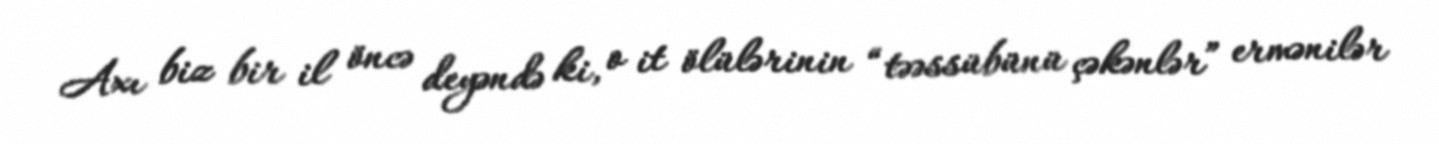
Axı biz bir il öncə deyəndə ki, o it ölülərinin “təəssübünü çəkənlər” ermənilər